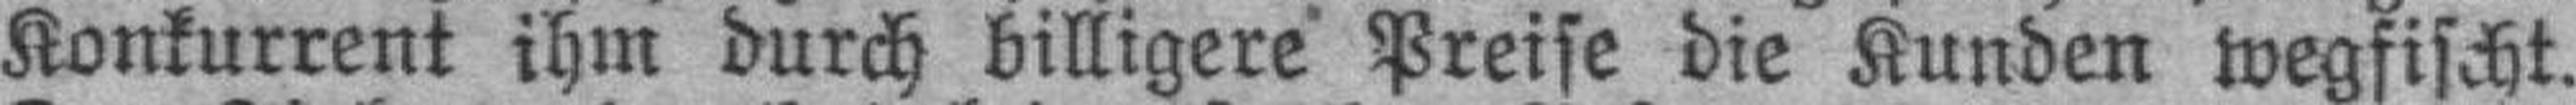
Konkurrent ihm durch billigere Preise die Kunden wegfischt.